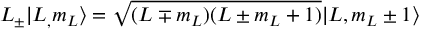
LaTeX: L _ { \pm } | L _ { , } m _ { L } \rangle = { \sqrt { ( L \mp m _ { L } ) ( L \pm m _ { L } + 1 ) } } | L , m _ { L } \pm 1 \rangle